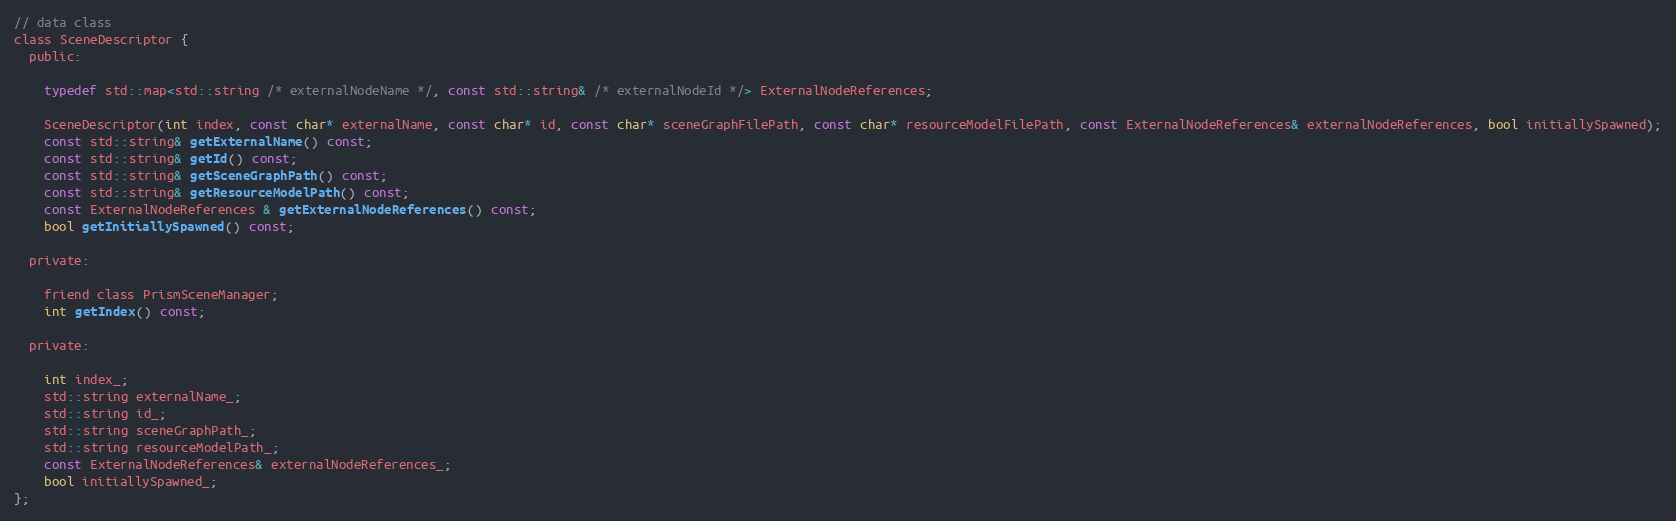
Language: C
// data class
class SceneDescriptor {
  public:

    typedef std::map<std::string /* externalNodeName */, const std::string& /* externalNodeId */> ExternalNodeReferences;

    SceneDescriptor(int index, const char* externalName, const char* id, const char* sceneGraphFilePath, const char* resourceModelFilePath, const ExternalNodeReferences& externalNodeReferences, bool initiallySpawned);
    const std::string& getExternalName() const;
    const std::string& getId() const;
    const std::string& getSceneGraphPath() const;
    const std::string& getResourceModelPath() const;
    const ExternalNodeReferences & getExternalNodeReferences() const;
    bool getInitiallySpawned() const;

  private:

    friend class PrismSceneManager;
    int getIndex() const;

  private:

    int index_;
    std::string externalName_;
    std::string id_;
    std::string sceneGraphPath_;
    std::string resourceModelPath_;
    const ExternalNodeReferences& externalNodeReferences_;
    bool initiallySpawned_;
};